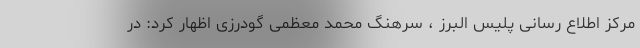
مرکز اطلاع رسانی پلیس البرز ، سرهنگ محمد معظمی گودرزی اظهار کرد: در